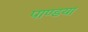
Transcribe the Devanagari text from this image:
पाण्डया